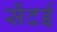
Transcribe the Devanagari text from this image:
सेंदई